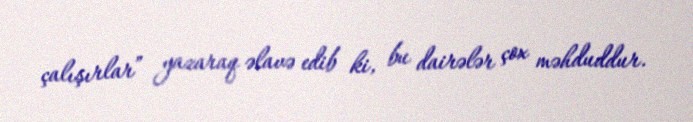
çalışırlar” yazaraq əlavə edib ki, bu dairələr çox məhduddur.